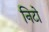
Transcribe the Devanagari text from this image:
निटो